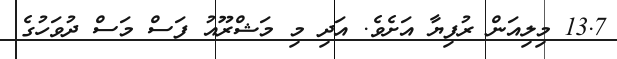
13.7 މިލިއަން ރުފިޔާ އަށެވެ. އަދި މި މަޝްރޫއު ފަސް މަސް ދުވަހުގެ